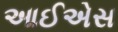
આઈએસ